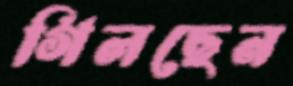
গিলছেন